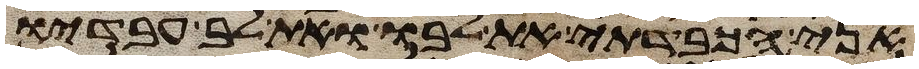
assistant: אני הכבדתי את לבו ואת לב עבדיו